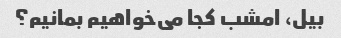
بیل، امشب کجا می‌خواهیم بمانیم؟